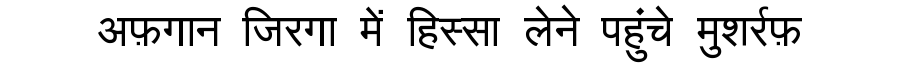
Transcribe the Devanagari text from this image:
अफ़गान जिरगा में हिस्सा लेने पहुंचे मुशर्रफ़